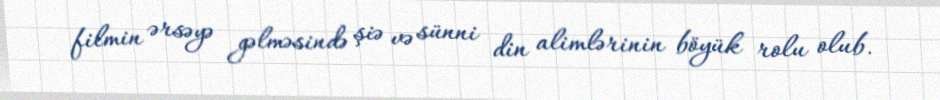
filmin ərsəyə gəlməsində şiə və sünni din alimlərinin böyük rolu olub.